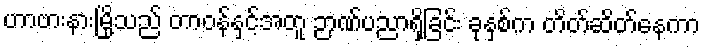
ဟာဗားနားမြို့သည် တာဝန်နှင့်အတူ ဉာဏ်ပညာရှိခြင်း ခုနှစ်က တိတ်ဆိတ်နေကာ